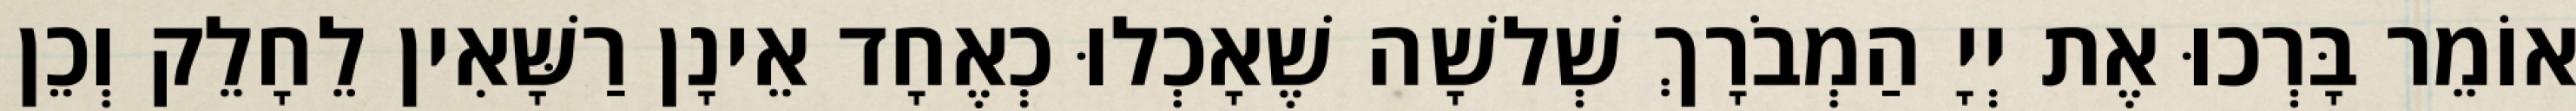
אוֹמֵר בָּרְכוּ אֶת יְיָ הַמְבֹרָךְ שְׁלשָׁה שֶׁאָכְלוּ כְאֶחָד אֵינָן רַשָּׁאִין לֵחָלֵק וְכֵן